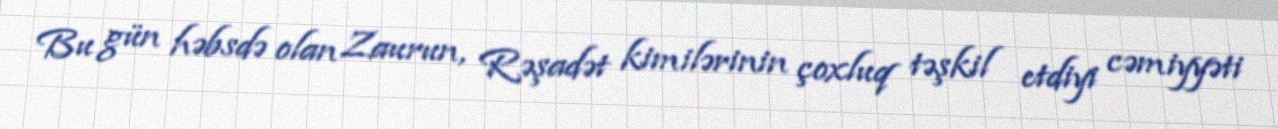
Bu gün həbsdə olan Zaurun, Rəşadət kimilərinin çoxluq təşkil etdiyi cəmiyyəti